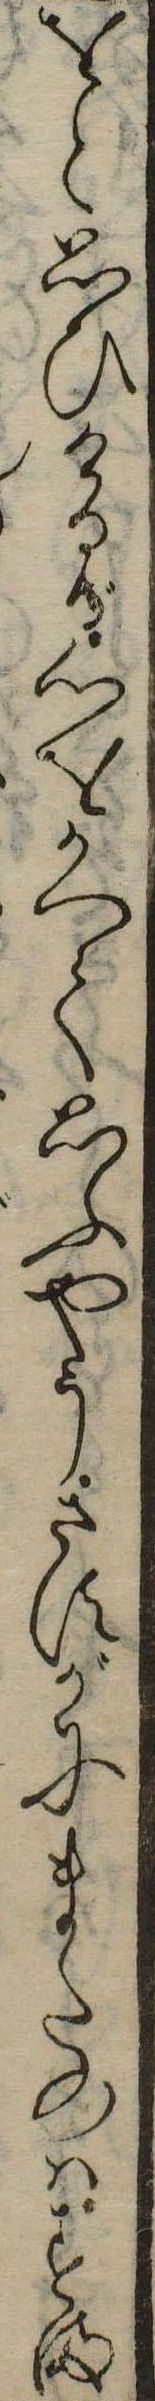
をと思ひけるが心をかへて思ふやうさすがにまたのはすま